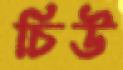
চিউ